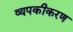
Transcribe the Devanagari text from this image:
व्यपकीकरण